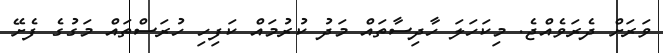
ވަރަށް ދެރަވެއްޖެ. މިކަހަލަ ހާދިސާތައް މަދު ކުރުމައް ކަފިހި ހުރަސްތައް މަގުގެ ފެށޭ